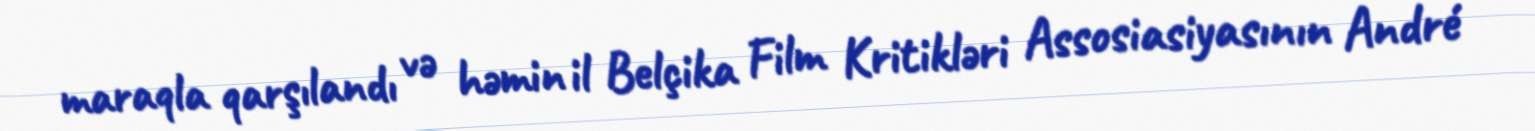
maraqla qarşılandı və həmin il Belçika Film Kritikləri Assosiasiyasının André